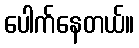
ပေါက်နေတယ်။